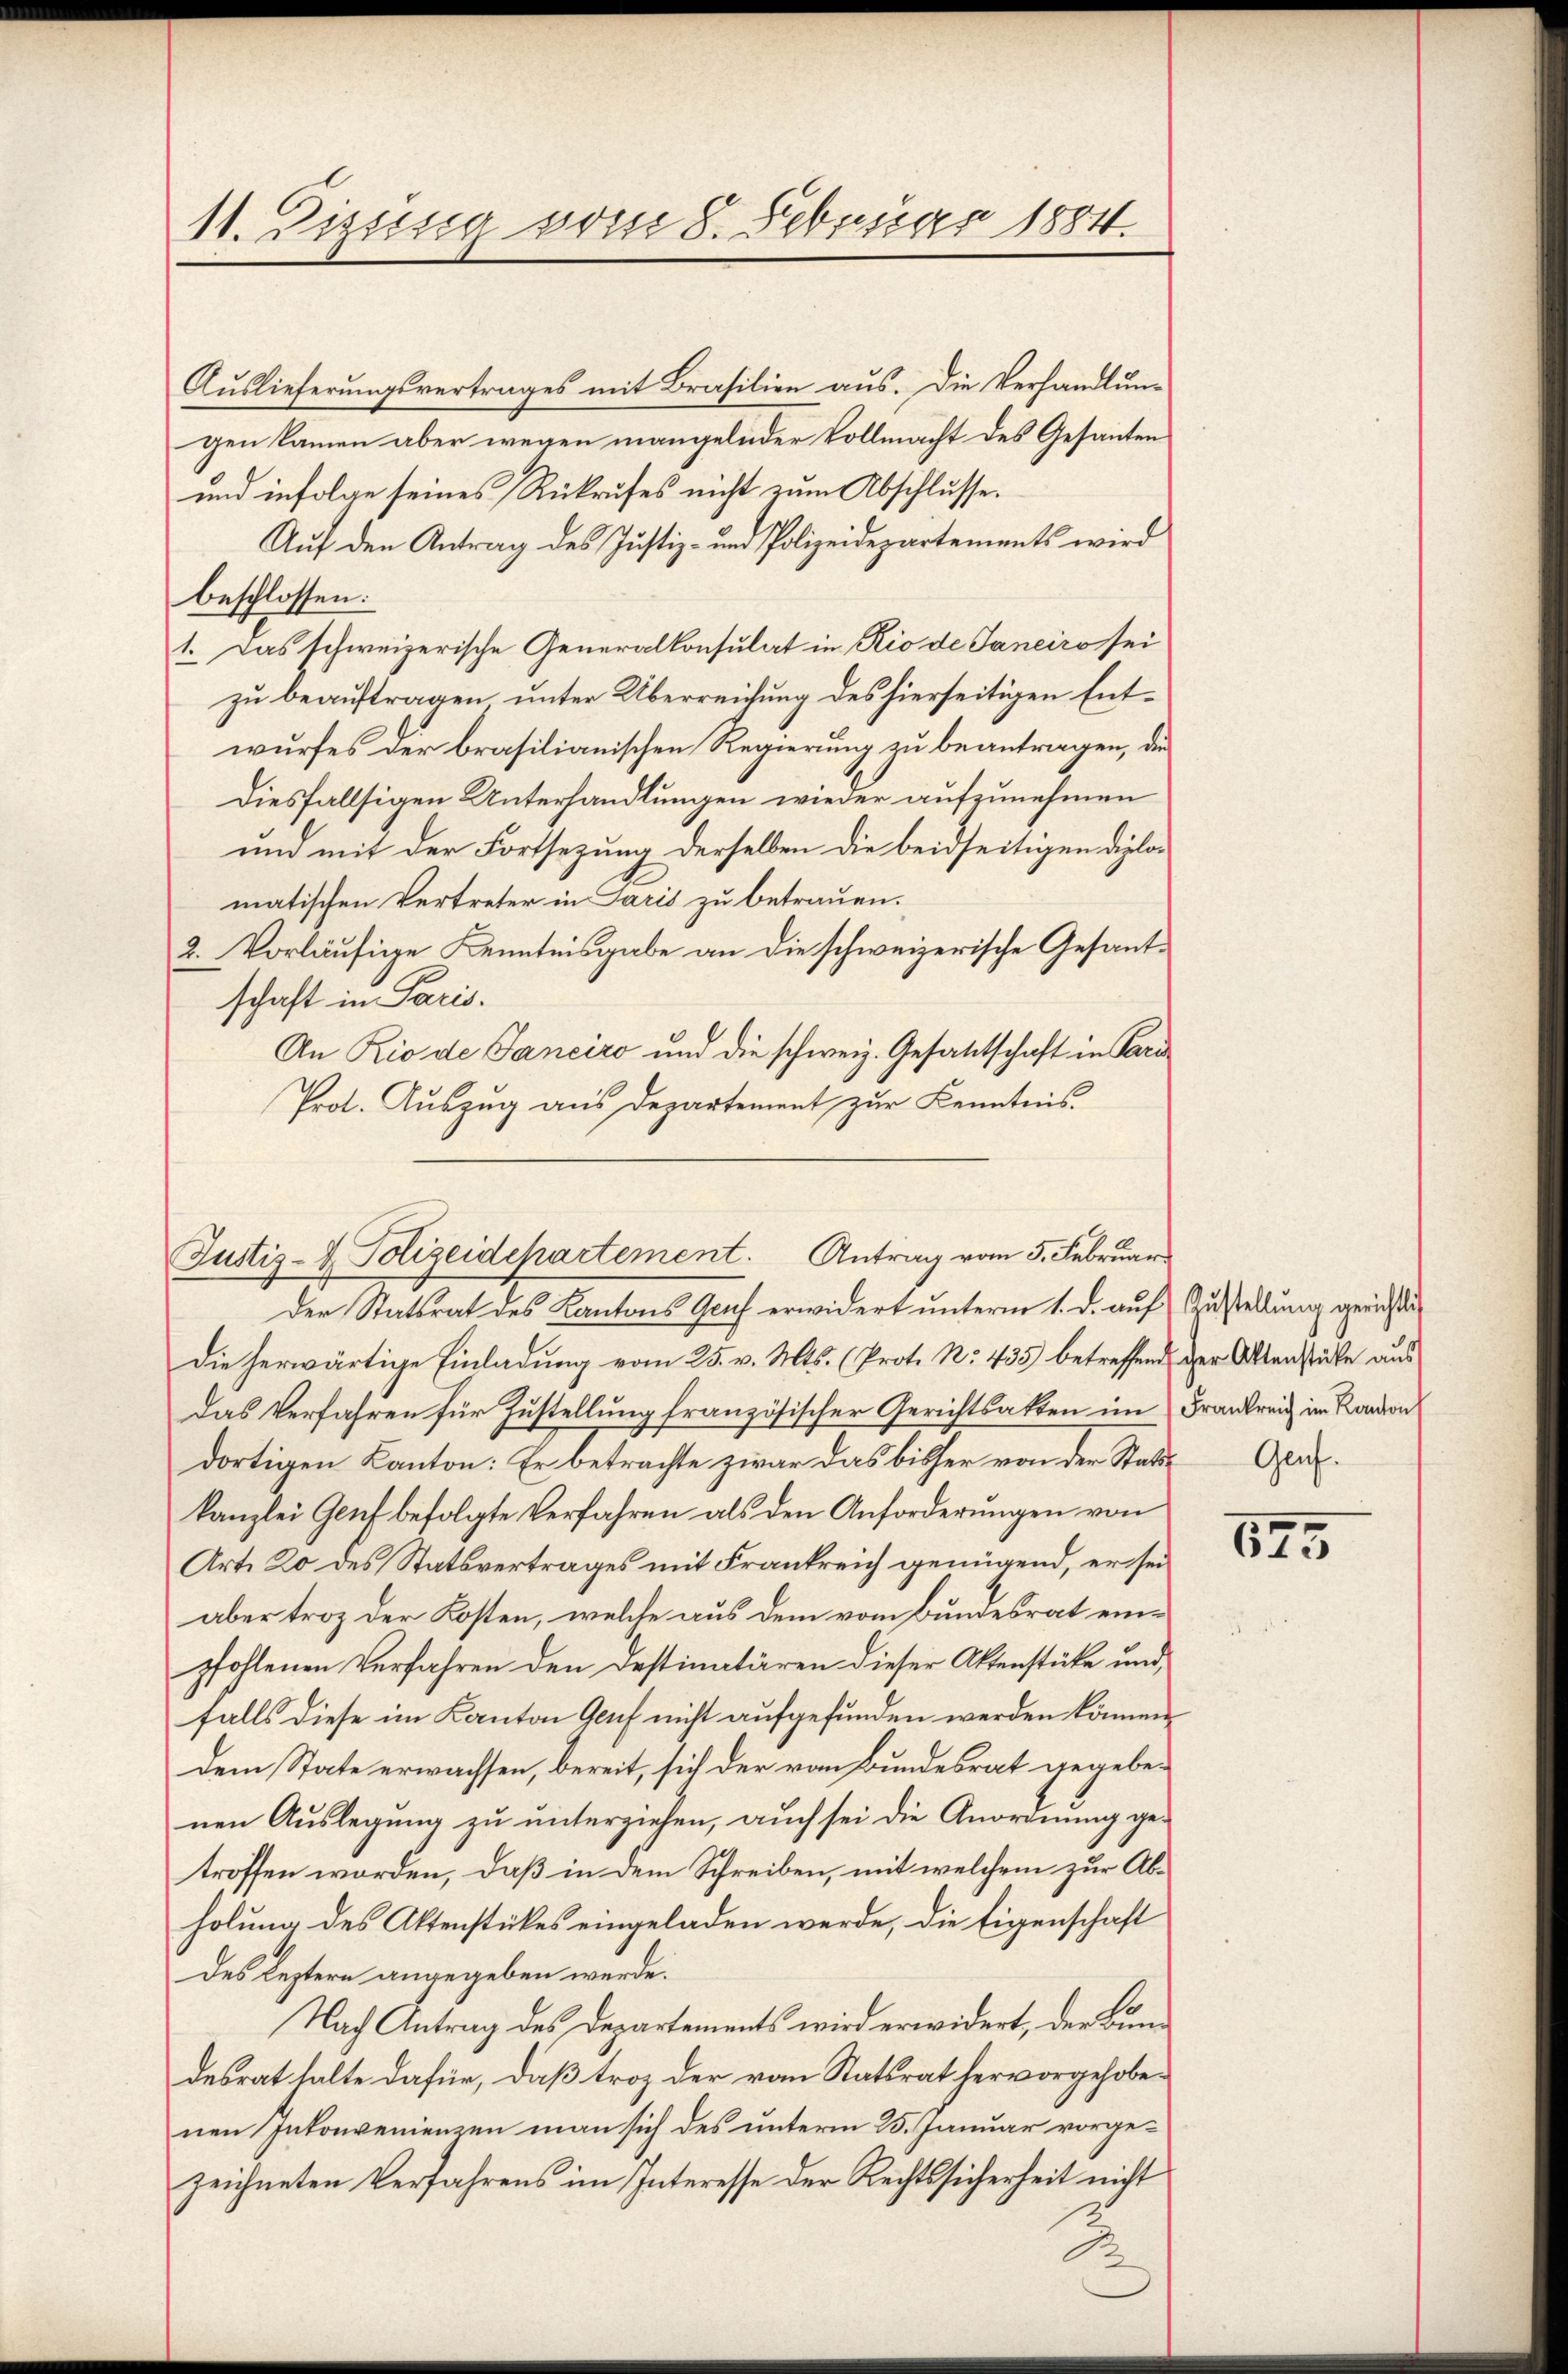
11. Diesig vom 8. Februar 1884

Auslieferungsvertrages mit Brasilien aus. Die Verhandlung
gen kamen aber wegen mangelnder Vollmacht des Gesanten
und infolge seines Rükrufes nicht zum Abschlusse.
Auf den Antrag des Justiz- und Polizeidepartements wird
beschlossen:
1. Das schweizerische Generalkonsulat in Rio de Janeiro sei
zu beauftragen unter Überreichung des hierseitigen Entwurfes der brasilianischen Regierung zu beantragen, die
diesfallsigen Unterhandlungen wieder aufzunehmen
und mit der Fortsezung derselben die beidseitigen diplomatischen Vertreter in Paris zu betrauen.
2. Vorläufige Kenntnisgabe an die schweizerische Gesantschaft in Paris.
An Rio de Janeiro und die schweiz. Gesandtschaft in Pare
Prot. Aŭszŭg aŭs Departement zŭr Kenntnis.
Der Statsrat des Kantons Gruf erwidert unterm 1. d. auf Zustellung gerichtig
Die herwärtige Einladung vom 25. v. Mts. (Prot. No. 435 betreffend der Aktenstücke aus
das Verfahren für Zustellung französischer Gerichtsakten im Frankreis im Kandion
dortigen Kanton: Er betrachte zwar das bisher von der Statt-Ger.
kanzlei Genf befolgte Verfahren als den Anforderŭngen von
Art. 20 des Statsvertrages mit Frankreich genügend, er sei
aber troz der Kosten, welche aus dem vom Bundesrat einpfohlenen Verfahren den Destimatären dieser Aktenstücke und
falls diese im Kanton Genf nicht aufgefunden werden können.
dem State erwachsen, bereit, sich der von Bundesrat gegebenen Auslegung zu unterziehen, auch sei die Anordnung getroffen worden, daß in dem Schreiben, mit welchem zur Abholung des Aktenstückes eingeladen werde, die Eigenschaft
des Leztern angegeben werde.
Nach Antrag des Departements wird erwidert, der Bundesrat halte dafür, daß troz der vom Statsrat hervorgehobenen Inkonvenienzen man sich des unterm 25. Januar vorgezeichneten Verfahrens im Interesse der Rechtssicherheit nicht

Justiz- & Polizeidepartement. Antrag vom 5. Februar

675